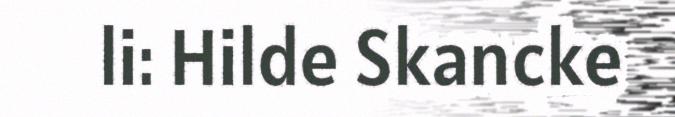
li: Hilde Skancke